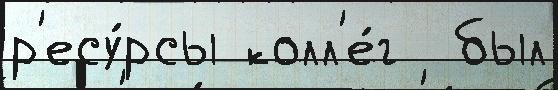
р'есу́рсы колл'е́г  был